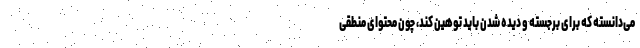
می‌دانسته که برای برجسته و دیده شدن باید توهین کند، چون محتوای منطقی